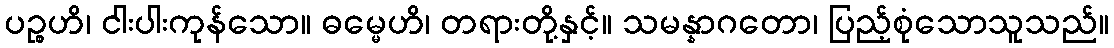
ပဉ္စဟိ၊ ငါးပါးကုန်သော။ ဓမ္မေဟိ၊ တရားတို့နှင့်။ သမန္နာဂတော၊ ပြည့်စုံသောသူသည်။